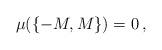
LaTeX: \begin{align*}\mu(\{-M,M\})=0\,,\end{align*}